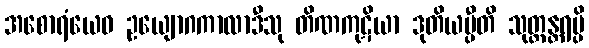
အစောရံယေဝ ဥယျောဂကာလာဒီသု တိဏကုဋိယာ ဒုတိယမ္ပီတိ သုတ္တန္တရမ္ပိ